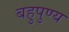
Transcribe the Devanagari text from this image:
बहुपुण्य